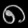
Digit: ၈